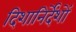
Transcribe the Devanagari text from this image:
दिशानिर्देंशों